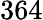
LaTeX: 364